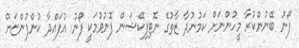
ފޯނު ބޭނުންކުރާ މީހުންނަށް ކަމުނުދާ ޒާތުގެ ނޮޓިފިކޭޝަން ފޮނުވުމަކީ ފޯނު އުފައްދާ ކުންފުންޏަށް